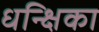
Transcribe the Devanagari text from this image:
धन्क्षिका